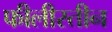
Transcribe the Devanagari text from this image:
फीलीस्तीन